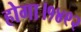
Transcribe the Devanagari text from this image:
होगा।१४९२